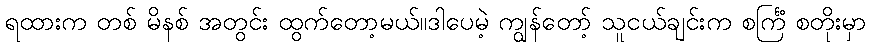
ရထားက တစ် မိနစ် အတွင်း ထွက်တော့မယ်။ဒါပေမဲ့ ကျွန်တော့် သူငယ်ချင်းက စင်္ကြံ စတိုးမှာ